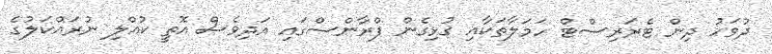
ދުވަހު ދިން ޓެރަރިސްޓް ހަމަލާތަކާއި ގުޅިގެން ފްރާންސްގައި އަދިވެސް އޮތީ ކުއްލި ނުރައްކަލުގެ